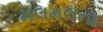
મલમલના